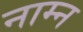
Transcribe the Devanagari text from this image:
नाम्न